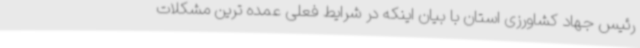
رئیس جهاد کشاورزی استان با بیان اینکه در شرایط فعلی عمده ترین مشکلات